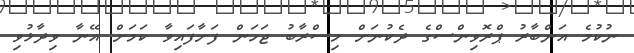
ނުކުމެ އަންބާރު ޕްރޮވިންސްގެ ދެކުނަށް މިސްރާބު ޖަހަން ފަށާފައިވާ ކަމަށް އޭނާ ވިދާޅުވި